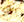
الآن